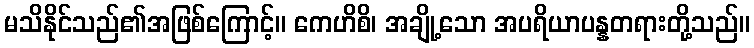
မသိနိုင်သည်၏အဖြစ်ကြောင့်။ ကေဟိစိ၊ အချို့သော အပရိယာပန္နတရားတို့သည်။